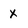
Character: X